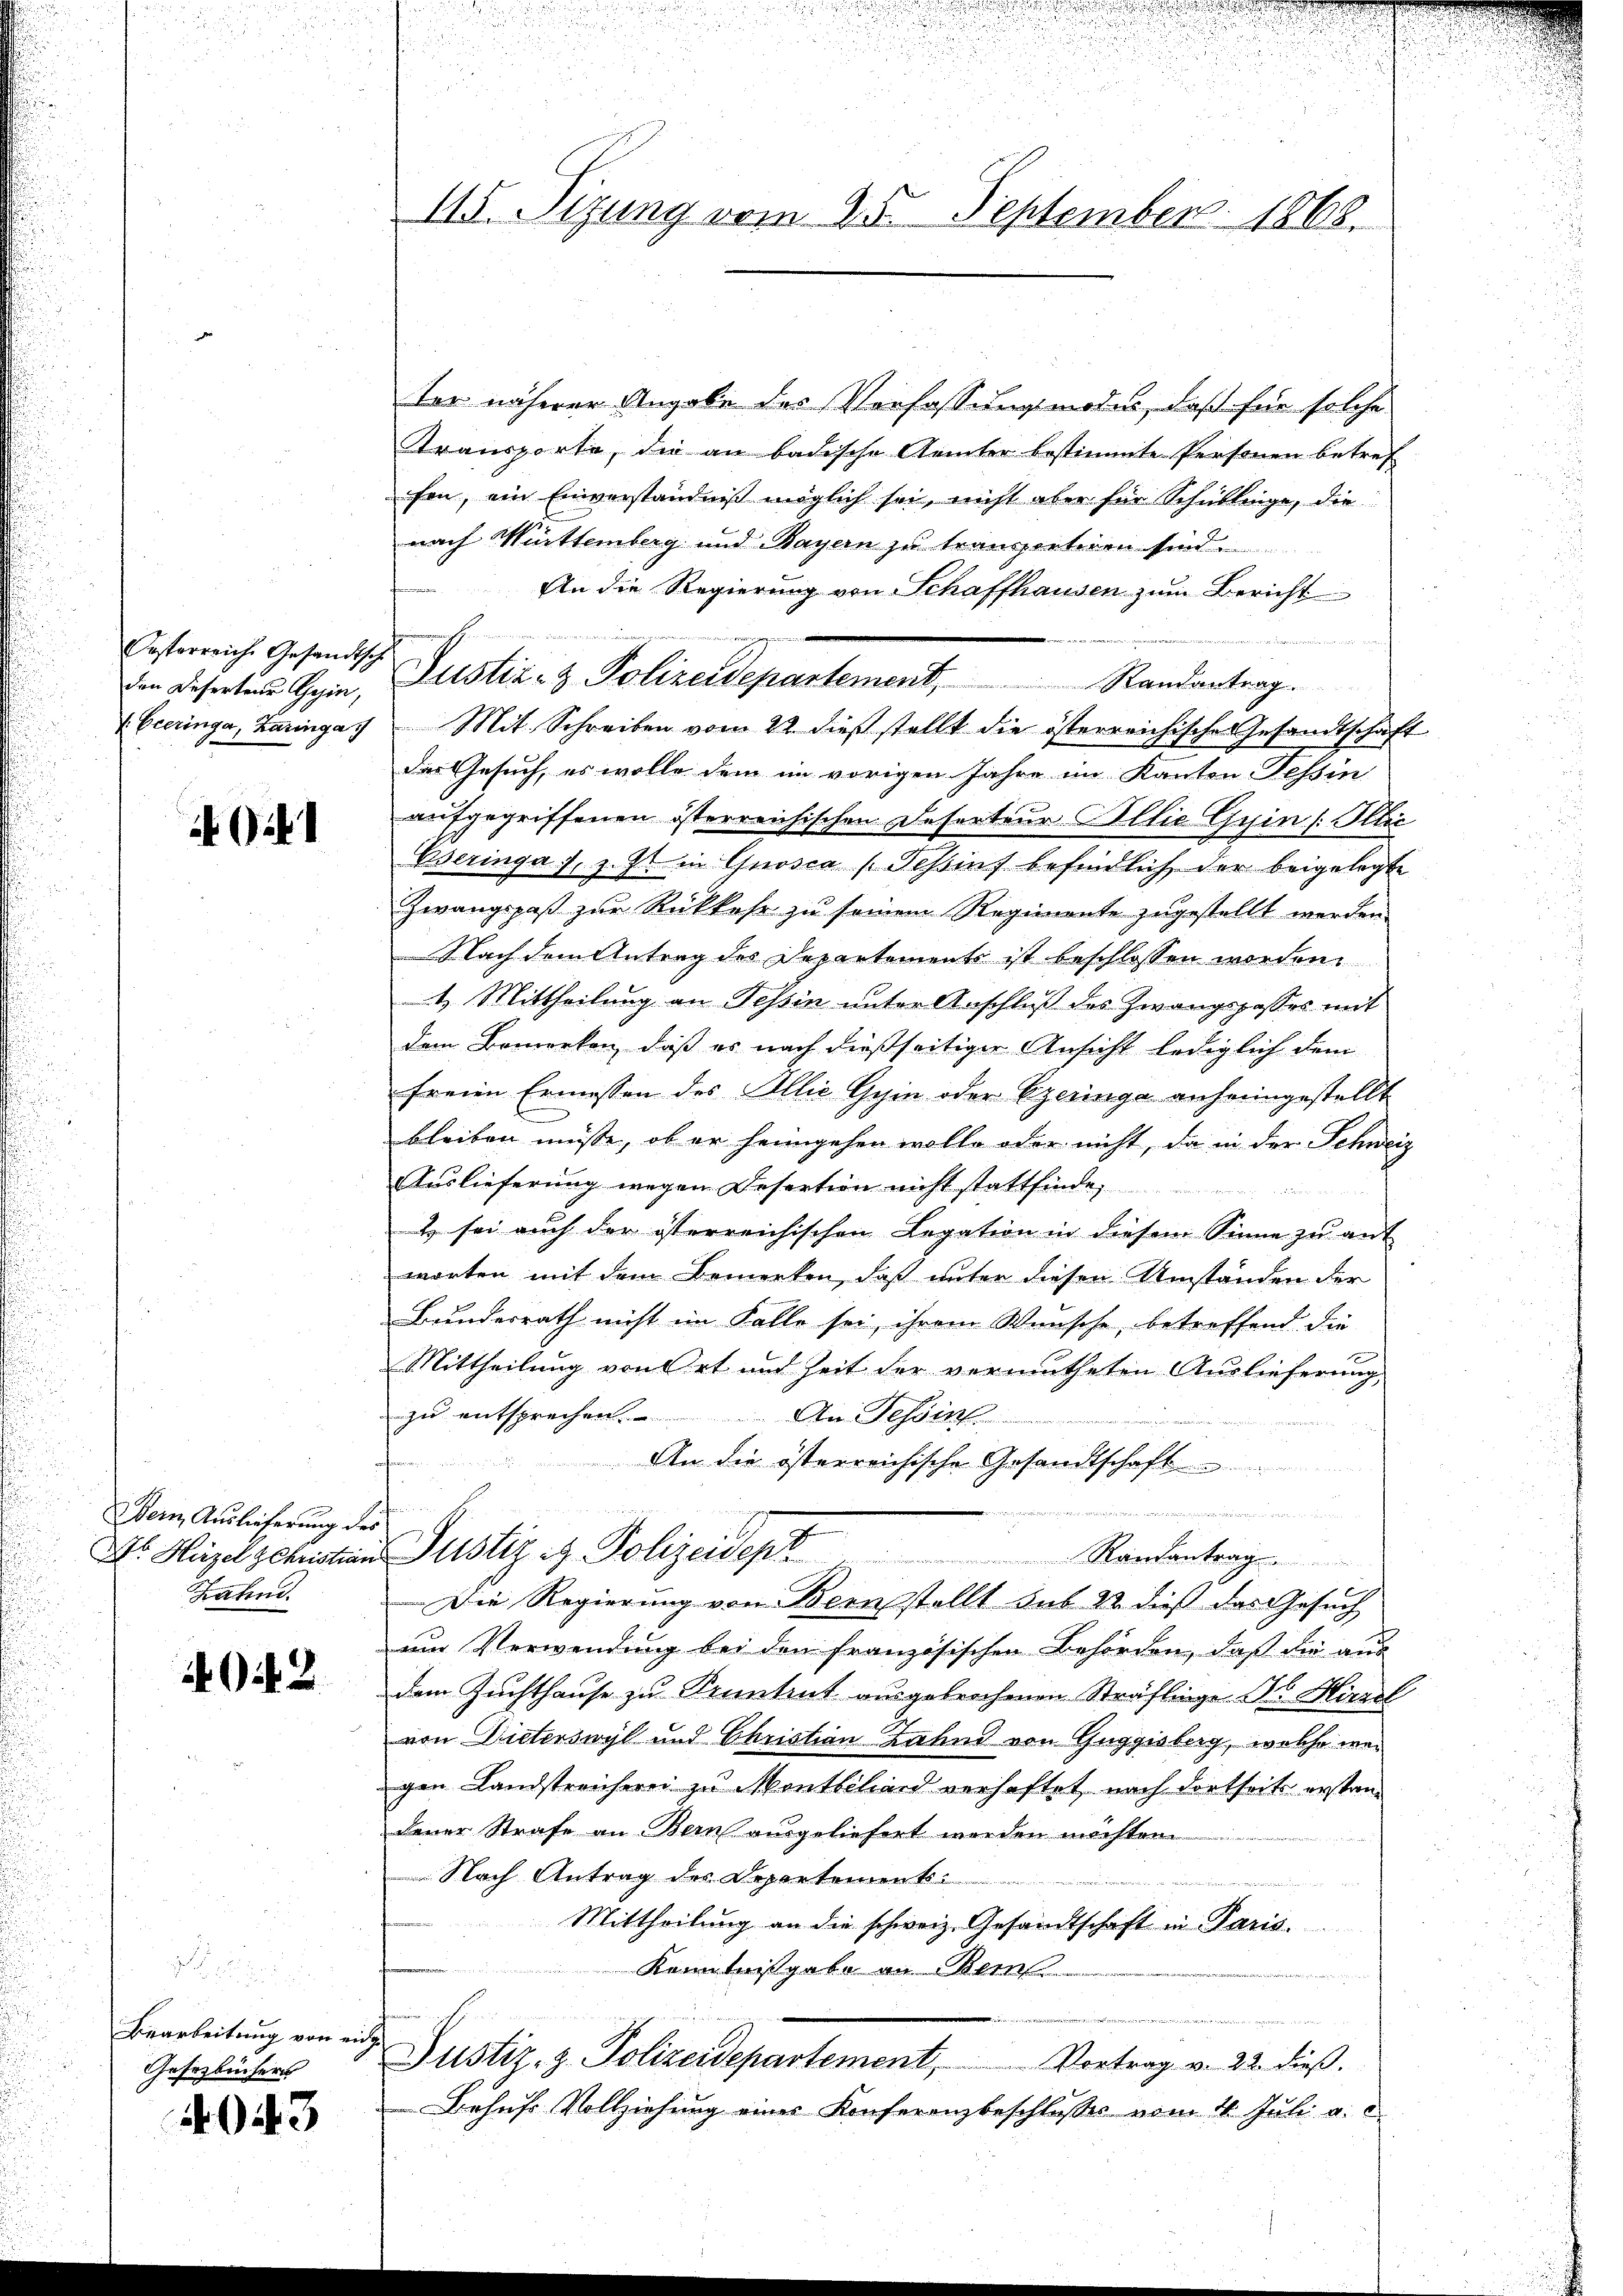
Festerreiche Gesandtsch
den Deserteur Gesin,
Eceringe, Zaringa

Bern Auslieferung de
Jahn

2

Bearbeitung von ein
Gesetzbüchers

943

115. Sizung vom 25. September 1868.

ter näherer Angabe des Verfassungsmodus, daß für solche
Kransporte, die an badische Aemter bestimmte Personen betref
fen, ein Einverständniß möglich sei, nicht aber für Schullinge, die
nach Mittemberg und Bayern zu transentiren sind.
An die Regierung von Schaffhausen zum Bericht
e
Justiz- & Polizeidepartement, Randantrag.
Mit Schreiben vom 22. dieß stellt die österreichisches Gesandtschaft
Das Gesuch, es wolle dem im vorigen Jahre im Kanton Tessin
aufgegriffenen österreichischen Deferteur Illie Gyin /: Illic
Eseringa s. z. Zt. in Gnosca (Tessins befindlich der beigelegte
Zwangspaß zur Rückkehr zu seinem Regimente zugestellt werden.
Nach dem Antrag des Departements ist beschlossen worden.
4. Mittheilung an Tessin unter Anschluß des Zwangspasses mit
dem Bemerken, daß es nach dießseitiger Ansicht lediglich dem
freien Ermessen des Illić Gyin oder Czeringe anheimgestellt
bleiben müsse, ob er heimgehen wolle oder nicht, da in der Schweiz
AAuslieferung wegen Desertion nicht stattfinde
2 sei auch der österreichischen Legation in diesem Sinne zu auf
worten mit dem Bemerken, daß unter diesen Umständen der
Bundesrath nicht im Falle sei, ihrem Wünsche, betreffend die
Mittheilung von Ort und Zeit der vermutheten Auslieferung
zu entsprechen.
An Tessin
e
An die österreichische Gesandtschaft

eiorgischein Gericitaterien
d
Dr. Hügel schristian Justiz & Polizeidept
Kendantrag
Die Regierung von Bern stellt sub 22 dieß das Gesuch
um Verwendung bei den französischen Behörden, daß die aus
dem Zuchthause zu Kenntent ausgebrochenen Sträflinge ds Hirzel
von Dieterswyl und Christian Zahn von Guggisberg, welche wei
gen Landstreicherei zu Montschard verhaftet, nach dortseits erstandener Strafe an Bern ausgeliefert werden möchten.
Nach Antrag des Departements
Mittheilung an die schweiz. Gesandtschaft in Paris.
Kenntnißgabe an Bein
Justiz- & Polizeidepartement, Vortrag v. 22. dieβ.
Behufs Vollziehung eines Konferenzbeschlusses vom 4. Juli u.